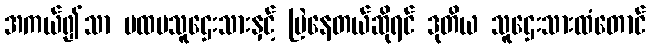
အကယ်၍သာ ပထမသူဌေးသားနှင့် မြဲနေတယ်ဆိုရင် ဒုတိယ သူဌေးသားထံတောင်